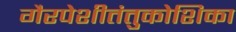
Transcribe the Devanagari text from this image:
गैरपेशीतंतुकोशिका